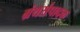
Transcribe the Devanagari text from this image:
ग्रंथसंपादक